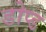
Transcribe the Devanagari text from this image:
डोप्ड